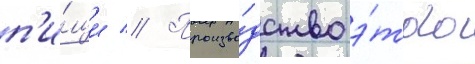
п'и́щи // Произво́дство э́того